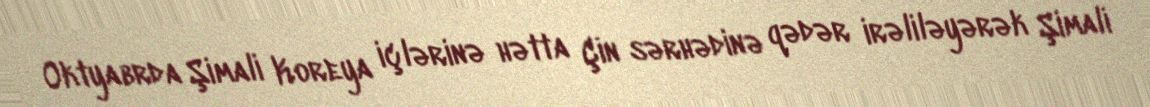
Oktyabrda Şimali Koreya içlərinə hətta Çin sərhədinə qədər irəliləyərək Şimali